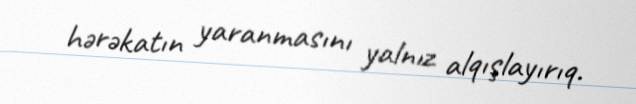
hərəkatın yaranmasını yalnız alqışlayırıq.